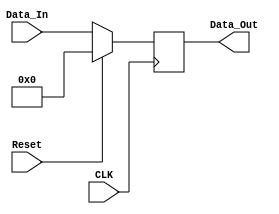
`timescale 1ns / 1ps
//////////////////////////////////////////////////////////////////////////////////
// Company: 
// Engineer: 
// 
// Design Name: 
// Module Name:    Mem_Data_Reg 
// Project Name: 
// Target Devices: 
// Tool versions: 
// Description: 
//
// Dependencies: 
//
// Revision: 
// Revision 0.01 - File Created
// Additional Comments: 
//
//////////////////////////////////////////////////////////////////////////////////
module Mem_Data_Reg(Data_Out,Data_In,CLK,Reset);
output reg [31:0] Data_Out;
input [31:0] Data_In;
input CLK,Reset;


always @ (posedge CLK)
begin
    if(Reset)
       Data_Out <= 0;
    else
        Data_Out <= Data_In;
end
endmodule